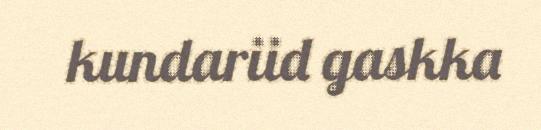
kundariid gaskka